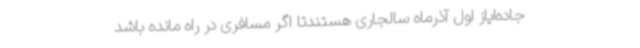
جاده‌ایاز اول آذرماه سالجاری هستندتا اگر مسافری در راه مانده باشد